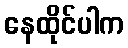
နေထိုင်ပါက